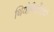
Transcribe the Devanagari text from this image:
थियोफिलेंथ्रोपी